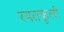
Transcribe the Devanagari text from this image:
रयतकुली